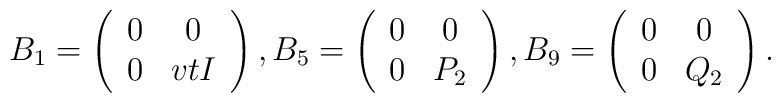
B_1=\left(\begin{array}{cc}0 &  0  \\ 0 & vtI\end{array}\right),B_5=\left(\begin{array}{cc}0  &  0  \\ 0 &  P_2\end{array}\right),B_9=\left(\begin{array}{cc}0 &  0  \\ 0 &  Q_2 \end{array}\right).